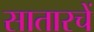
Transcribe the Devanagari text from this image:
सातारचें